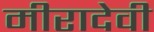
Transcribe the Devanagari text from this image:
मीरादेवी